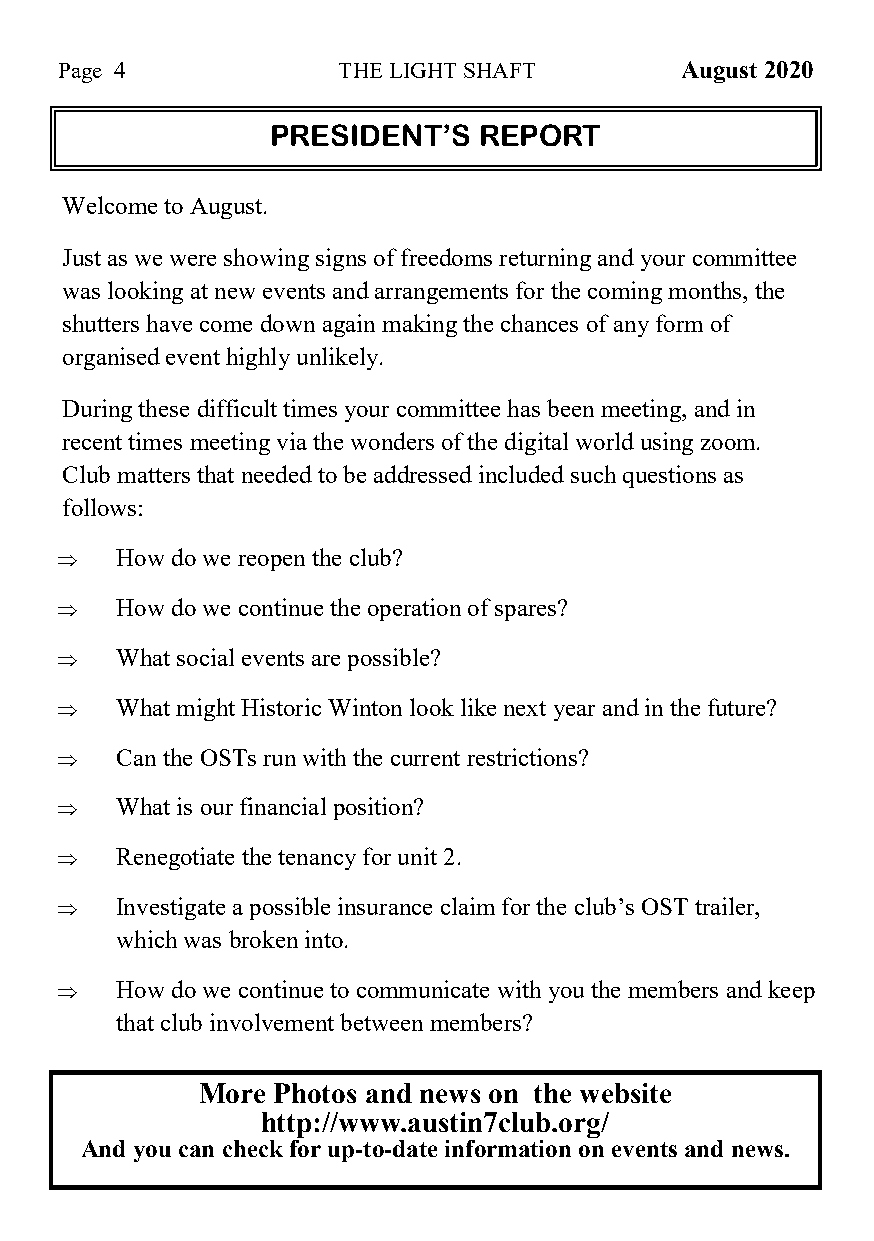
Page 4            THE LIGHT SHAFT        August 2020
 PRESIDENT’S   REPORT
 Welcome to August.
 Just as we were showing signs of freedoms returning and your committee
 was looking at new events and arrangements for the coming months, the
 shutters have come down again making the chances of any form of
 organised event highly unlikely.
 During these difficult times your committee has been meeting, and in
 recent times meeting via the wonders of the digital world using zoom.
 Club matters that needed to be addressed included such questions as
 follows:
    How do we reopen the club?
    How do we continue the operation of spares?
    What social events are possible?
    What might Historic Winton look like next year and in the future?
    Can the OSTs run with the current restrictions?
    What is our financial position?
    Renegotiate the tenancy for unit 2.
    Investigate a possible insurance claim for the club’s OST trailer,
 which was broken into.
    How do we continue to communicate with you the members and keep
 that club involvement between members?
 More Photos and news on the website
 http://www.austin7club.org/
 And you can check for up-to-date information on events and news.